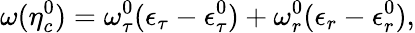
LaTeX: \omega(\eta_{c}^{0})=\omega_{\tau}^{0}(\epsilon_{\tau}-\epsilon_{\tau}^{0})+\omega_{r}^{0}(\epsilon_{r}-\epsilon_{r}^{0}),